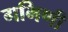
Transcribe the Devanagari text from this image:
गभिणी